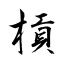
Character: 槓